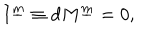
LaTeX: I ^ { \underline { { { m } } } } \equiv d M ^ { \underline { { { m } } } } = 0 ,